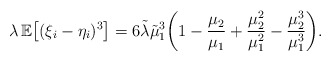
\begin{align*} \lambda\,\mathbb E \bigl[(\xi_i-\eta_i)^3 \bigr] =6\tilde\lambda\tilde\mu_1^3 \biggl(1-\frac{\mu_2}{\mu_1}+\frac{\mu_2^2}{\mu_1^2} -\frac{\mu_2^3}{\mu_1^3} \biggr).\end{align*}